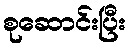
စုဆောင်းပြီး